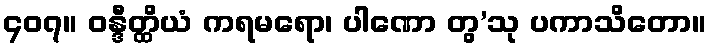
၄၀၇။ ဝန္ဒီတ္ထိယံ ကရမရော၊ ပါဏော တွ’သု ပကာသိတော။